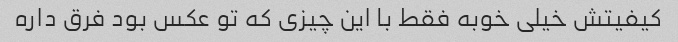
کیفیتش خیلی خوبه فقط با این چیزی که تو عکس بود فرق داره